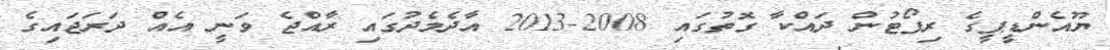
ޔޫއެންޑީޕީގެ ރިޕޯޓުން ދައްކާ ގޮތުގައި 2008-2013 އާދެމެދުގައި ރާއްޖެ ވަނީ އެއް ދަރަޖައިގެ